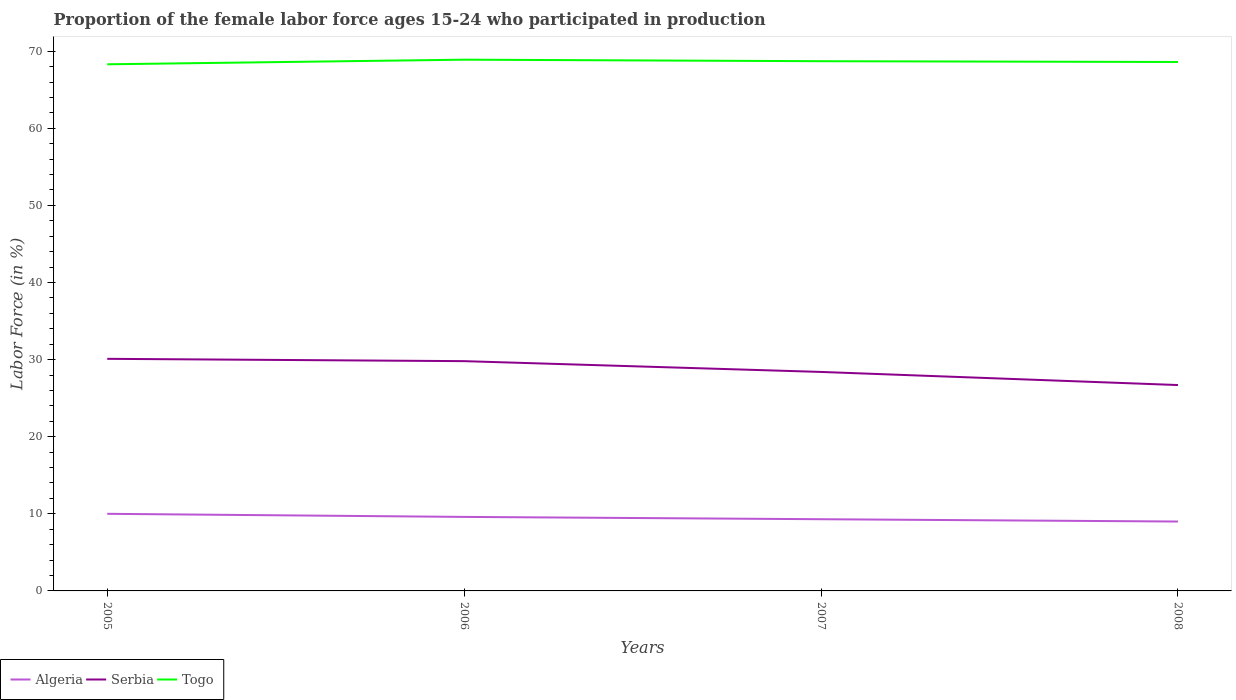
| Years | Algeria | Serbia | Togo |
 | --- | --- | --- | --- |
 | 2005 | 10 | 30.1 | 68.3 |
 | 2006 | 9.6 | 29.8 | 68.9 |
 | 2007 | 9.3 | 28.4 | 68.7 |
 | 2008 | 9 | 26.7 | 68.6 |